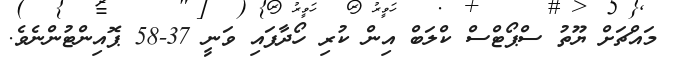
މައްޗަށް ޔޫތު ސްޕޯޓްސް ކްލަބް އިން ކުރި ހޯދާފައި ވަނީ 37-58 ޕޮއިންޓުންނެވެ.